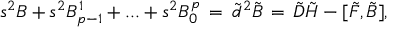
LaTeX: s ^ { 2 } B + s ^ { 2 } B _ { p - 1 } ^ { 1 } + . . . + s ^ { 2 } B _ { 0 } ^ { p } \, = \, \tilde { d } ^ { 2 } \tilde { B } \, = \, \tilde { D } \tilde { H } - [ \tilde { F } , \tilde { B } ] ,